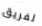
لفريق